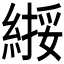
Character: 𫃸